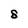
Character: 8